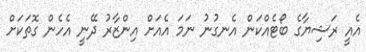
އެއީ ރަޝިޔާގެ ބޯޓެއްކަން އެނގުނު ނަމަ އެއަށް އިންޒާރު ދޭނީ އެހެން ގޮތަކަށް